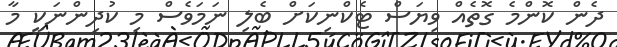
ދެން ކޮންމެ ގޮތެއް ވިޔަސް ޓެކްނިކަށް ބެލި ނަމަވެސް މި ކުދިންނަކީ މާ